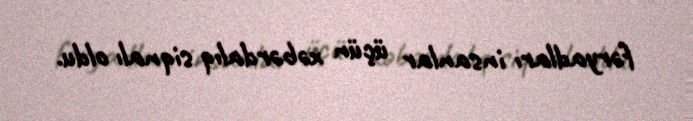
fəryadları insanlar üçün xəbərdalıq siqnalı oldu.